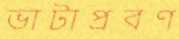
ভাটাপ্রবণ